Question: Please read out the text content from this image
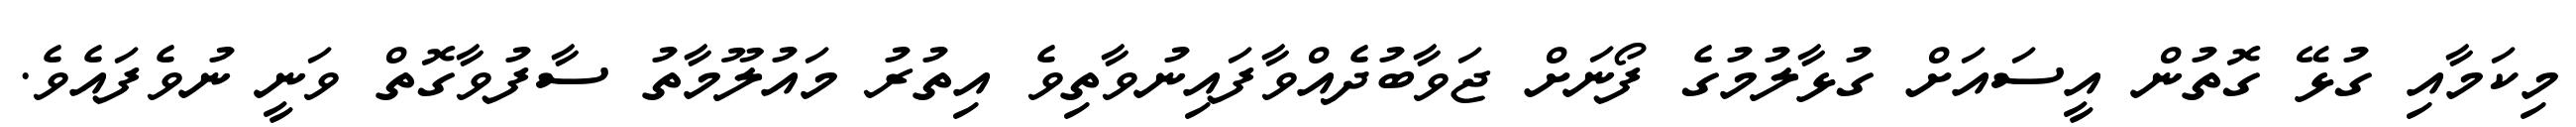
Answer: މިކަމާއި ގުޅޭ ގޮތުން އީސައަށް ގުޅާލުމުގެ ފޯނަށް ޖަވާބުދެއްވާފައިނުވާތިވެ އިތުރު މައުލޫމާތު ސާފުވާގޮތް ވަނީ ނުވެފައެވެ.